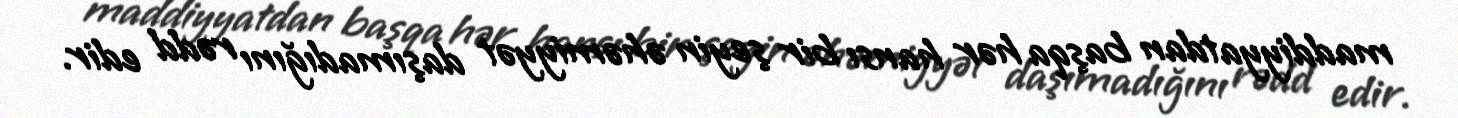
maddiyyatdan başqa hər hansı bir şeyin əhəmiyyət daşımadığını rədd edir.